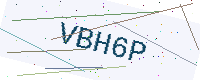
Text: VBH6P